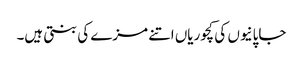
جاپانیوں کی کچوریاں اتنے مزے کی بنتی ہیں۔